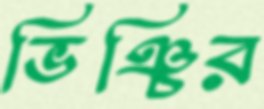
ভিঞ্চির